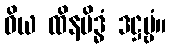
ဝိယ ထိနမိဒ္ဓံ ဒဋ္ဌဗ္ဗံ။